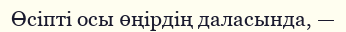
Өсіпті осы өңірдің даласында, —